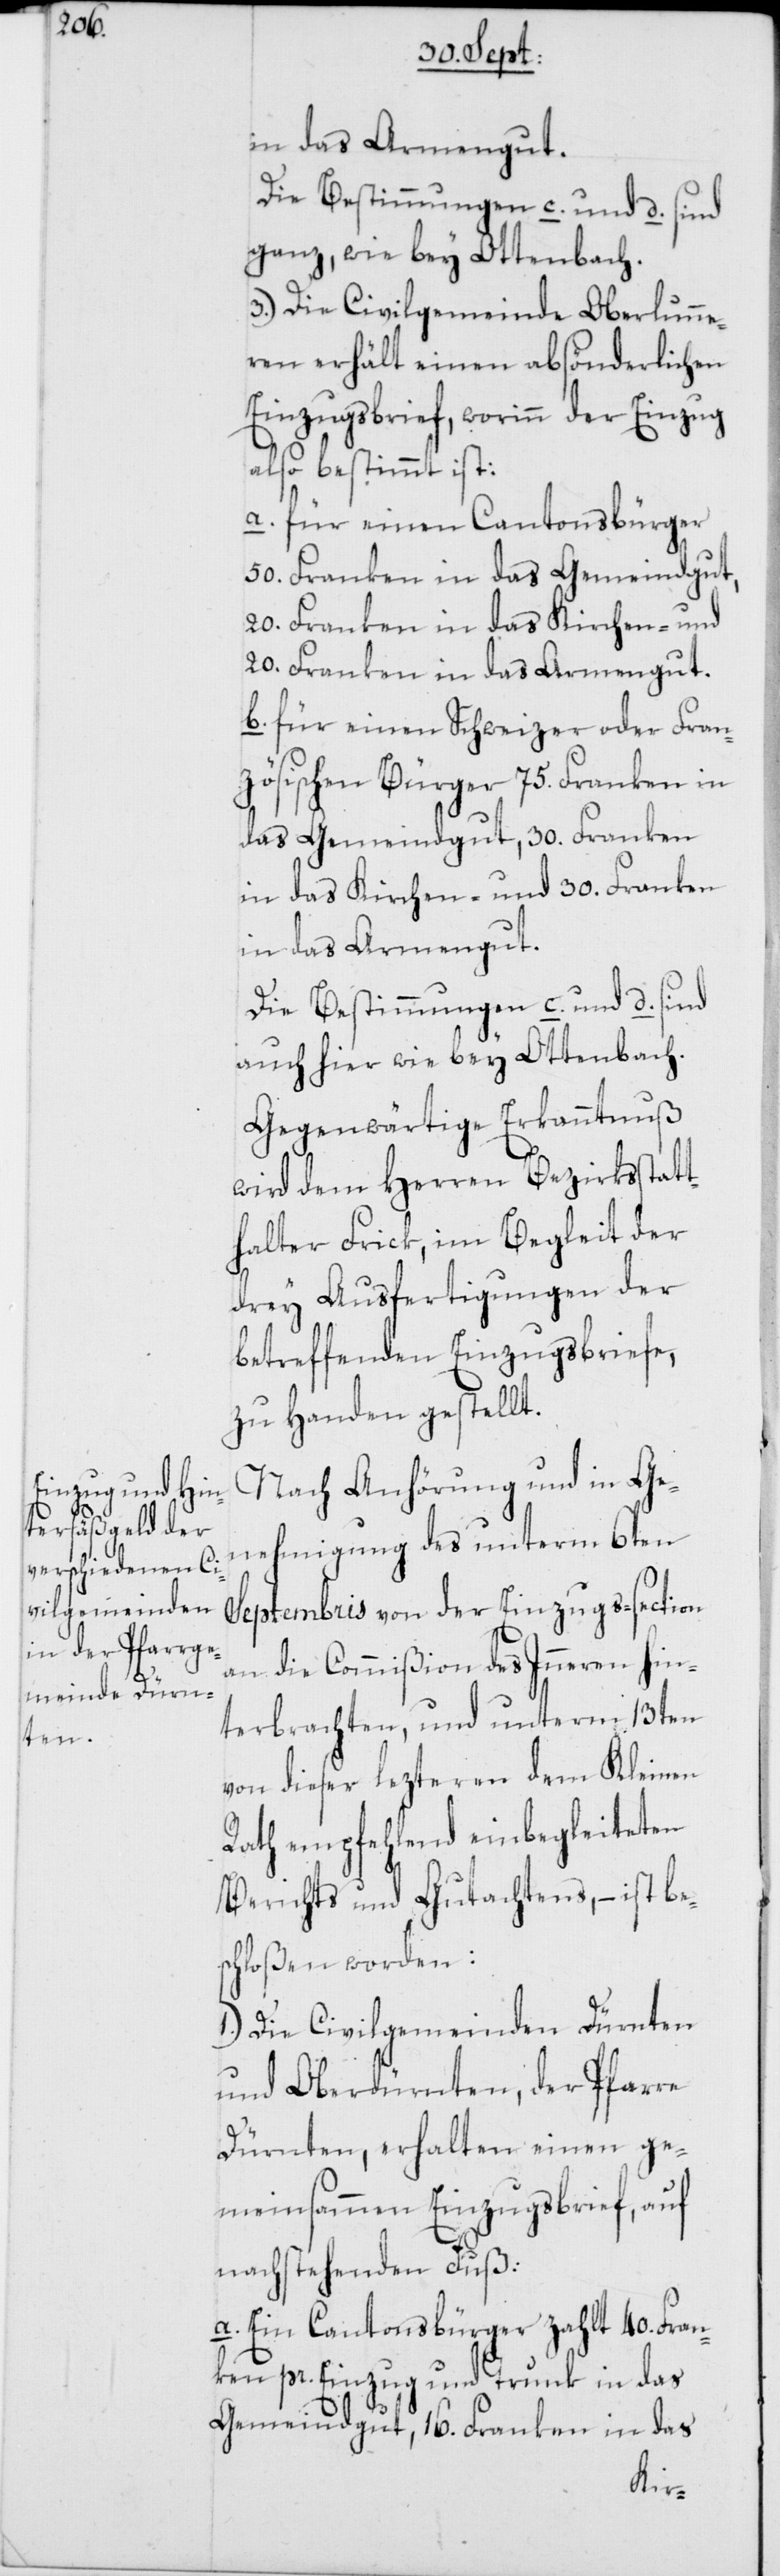
in das Armengut.
Die Bestimmungen c. und d. sind
ganz, wie bey Ottenbach.
3.) Die Civilgemeinde Oberlunne¬
ren erhält einen absönderlichen
Einzugsbrief, worinn der Einzug
also bestimmt ist:
a. für einen Cantonsbürger
50. Franken in das Gemeindgut,
20. Franken in das Kirchen- und
20. Franken in das Armengut.
b. für einen Schweizer oder Fran¬
zösischen Bürger 75. Franken in
das Gemeindgut, 30. Franken
in das Kirchen- und 30. Franken
in das Armengut.
Die Bestimmungen c. und d. sind
auch hier wie bey Ottenbach.
Gegenwärtige Erkanntnuß
wird dem Herren Bezirksstatt¬
halter Frick, im Begleit der
drey Ausfertigungen der
betreffenden Einzugsbriefe,
zu Handen gestellt.
Nach Anhörung und in Ge¬
nehmigung des unterm 6ten
Septembris von der Einzugs-section
an die Commißion des Inneren hin¬
terbrachten, und unterm 13ten
von dieser lezteren dem Kleinen
Rath empfehlend einbegleiteten
Berichts und Gutachtens, – ist bes¬
chloßen worden:
1.) Die Civilgemeinden Dürnten
und Oberdürnten, der Pfarre
Dürnten, erhalten einen ge¬
meinsammen Einzugsbrief, auf
nachstehenden Fuß:
a. Ein Cantonsbürger zahlt 40. Fran¬
ken pr. Einzug und Trunk in das
Gemeindgut, 16. Franken in das